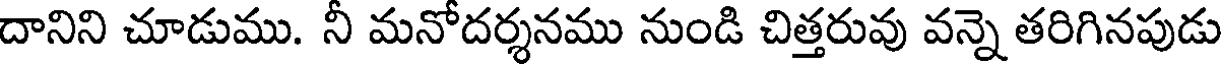
దానిని చూడుము. నీ మనోదర్శనము నుండి చిత్తరువు వన్నె తరిగినపుడు